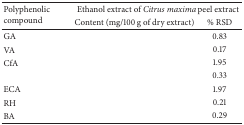
<table><thead><tr><td rowspan="2"><b>Polyphenolic compound</b></td><td colspan="2"><b>Ethanol extract of <i>Citrus maxima</i> peel extract</b></td></tr><tr><td><b>Content (mg/100 g of dry extract) </b></td><td><b>% RSD</b></td></tr></thead><tbody><tr><td>GA</td><td>[EMPTY_CELL]</td><td>0.83</td></tr><tr><td>VA</td><td>[EMPTY_CELL]</td><td>0.17</td></tr><tr><td>CfA</td><td>[EMPTY_CELL]</td><td>1.95</td></tr><tr><td>[EMPTY_CELL]</td><td>[EMPTY_CELL]</td><td>0.33</td></tr><tr><td>ECA</td><td>[EMPTY_CELL]</td><td>1.97</td></tr><tr><td>RH</td><td>[EMPTY_CELL]</td><td>0.21</td></tr><tr><td>BA</td><td>[EMPTY_CELL]</td><td>0.29</td></tr></tbody></table>